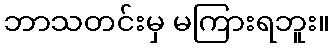
ဘာသတင်းမှ မကြားရဘူး။